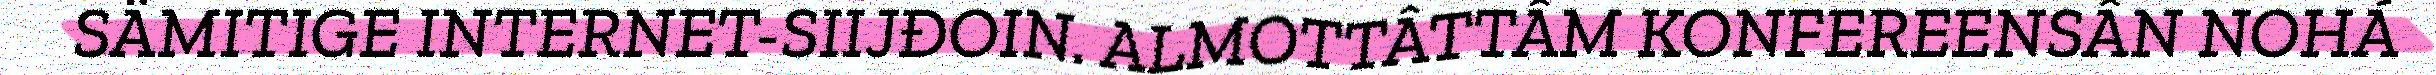
SÄMITIGE INTERNET-SIIJĐOIN. ALMOTTÂTTÂM KONFEREENSÂN NOHÁ